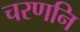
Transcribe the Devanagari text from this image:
चरणनि